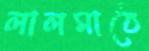
লালমাঠে